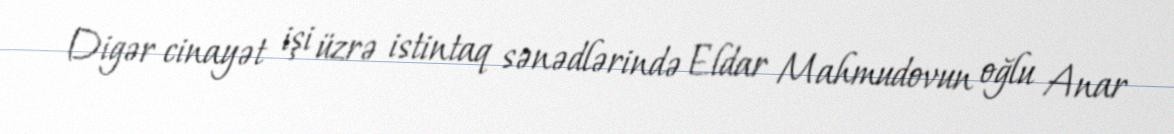
Digər cinayət işi üzrə istintaq sənədlərində Eldar Mahmudovun oğlu Anar